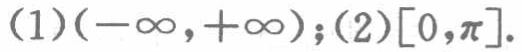
(1)$(-\infty,+\infty)$; (2)$[0,\pi]$.